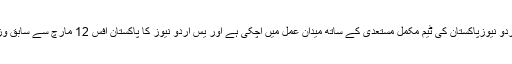
قارئین اور چاہنے والوں کی دعائوں سے یس اردو نیوزپاکستان کی ٹیم مکمل مستعدی کے ساتھ میدان عمل میں آچکی ہے اور یس اردو نیوز کا پاکستان آفس 12 مارچ سے سابق وزیر اعظم راجہ پرویز اشرف افتتاح کریں گے ۔